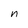
Character: n